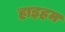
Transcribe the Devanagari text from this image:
हाइहम